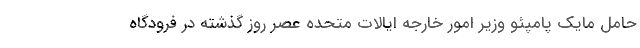
حامل مایک پامپئو وزیر امور خارجه ایالات متحده عصر روز گذشته در فرودگاه